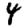
Digit: 4